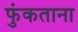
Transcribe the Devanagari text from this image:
फुंकताना